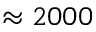
\approx 2 0 0 0